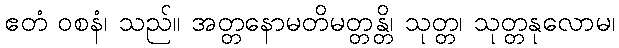
ဧတံ ဝစနံ၊ သည်။ အတ္တနောမတိမတ္တန္တိ၊ သုတ္တ၊ သုတ္တနုလောမ၊